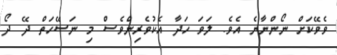
ވެވޭކަށް ނޯންނާނެ އެވެ. ލަވަ ހަދާ އެކުވެރިންވެސް މި ނަސޭހަތް ދޭ ދޯ